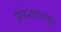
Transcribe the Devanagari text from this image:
प्रवेशापासून